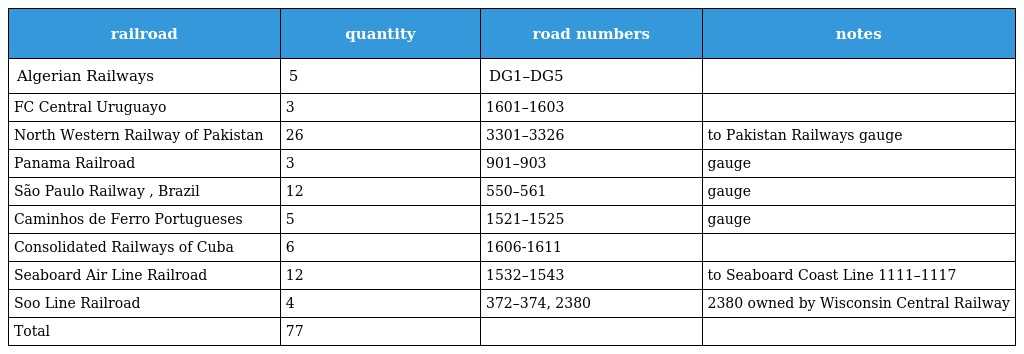
| railroad | quantity | road numbers | notes |
 | --- | --- | --- | --- |
 | Algerian Railways | 5 | DG1–DG5 |  |
 | FC Central Uruguayo | 3 | 1601–1603 |  |
 | North Western Railway of Pakistan | 26 | 3301–3326 | to Pakistan Railways gauge |
 | Panama Railroad | 3 | 901–903 | gauge |
 | São Paulo Railway , Brazil | 12 | 550–561 | gauge |
 | Caminhos de Ferro Portugueses | 5 | 1521–1525 | gauge |
 | Consolidated Railways of Cuba | 6 | 1606-1611 |  |
 | Seaboard Air Line Railroad | 12 | 1532–1543 | to Seaboard Coast Line 1111–1117 |
 | Soo Line Railroad | 4 | 372–374, 2380 | 2380 owned by Wisconsin Central Railway |
 | Total | 77 |  |  |